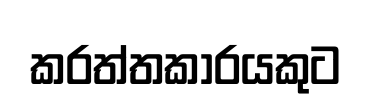
කරත්තකාරයකුට